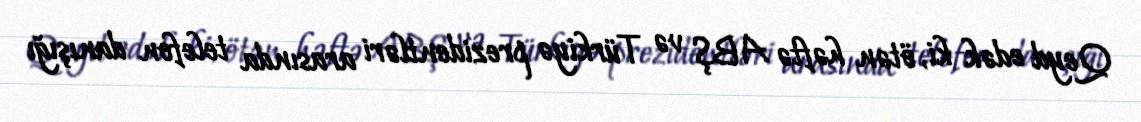
Qeyd edək ki, ötən həftə ABŞ və Türkiyə prezidentləri arasında telefon danışığı